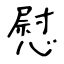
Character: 慰